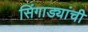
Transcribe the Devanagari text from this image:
सिंगाड्यांची